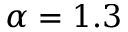
\alpha = 1 . 3